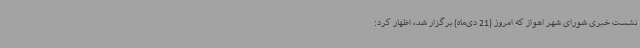
نشست خبری شورای شهر اهواز که امروز (21 دی‌ماه) برگزار شد، اظهار کرد: